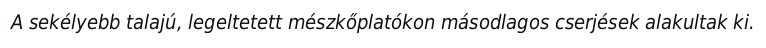
A sekélyebb talajú, legeltetett mészkőplatókon másodlagos cserjések alakultak ki.